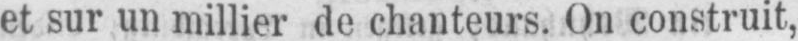
et sur un millier de chanteurs. On construit,